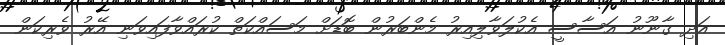
އަދި ގާނޫނު އަސާސީ އެކުލަވާލިއިރު މެންބަރުން ބޮޑަށް މަސައްކަތް ކުރައްވާފައިވަނި އޭރު ވެރިކަން